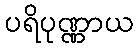
ပရိပုဏ္ဏာယ